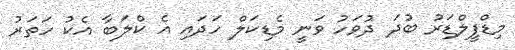
މިޑްފީލްޑަރު ބުދަ ދުވަހު ވަނީ މެޑިކަލް ހަދައި އެ ކްލަބާ އެކު ހަތަރު